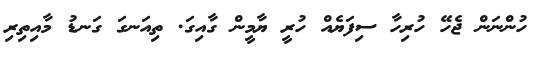
ހުންނަން ޖެހޭ ހުރިހާ ސިފަޔެއް ހުރީ ޔާމީން ގާއިގަ. ތިއަނގަ ގަނޑު މާއިތިރި